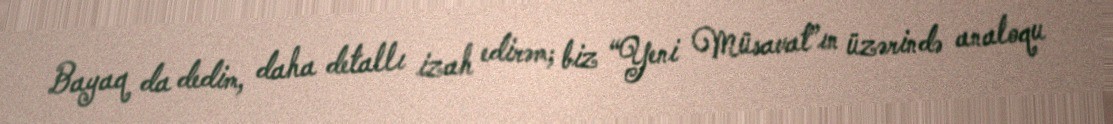
Bayaq da dedim, daha detallı izah edirəm; biz “Yeni Müsavat”ın üzərində analoqu